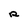
Character: R